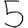
Digit: 5